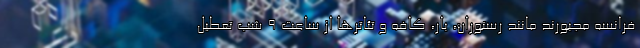
فرانسه مجبورند مانند رستوران، بار، کافه و تئاترها از ساعت 9 شب تعطیل